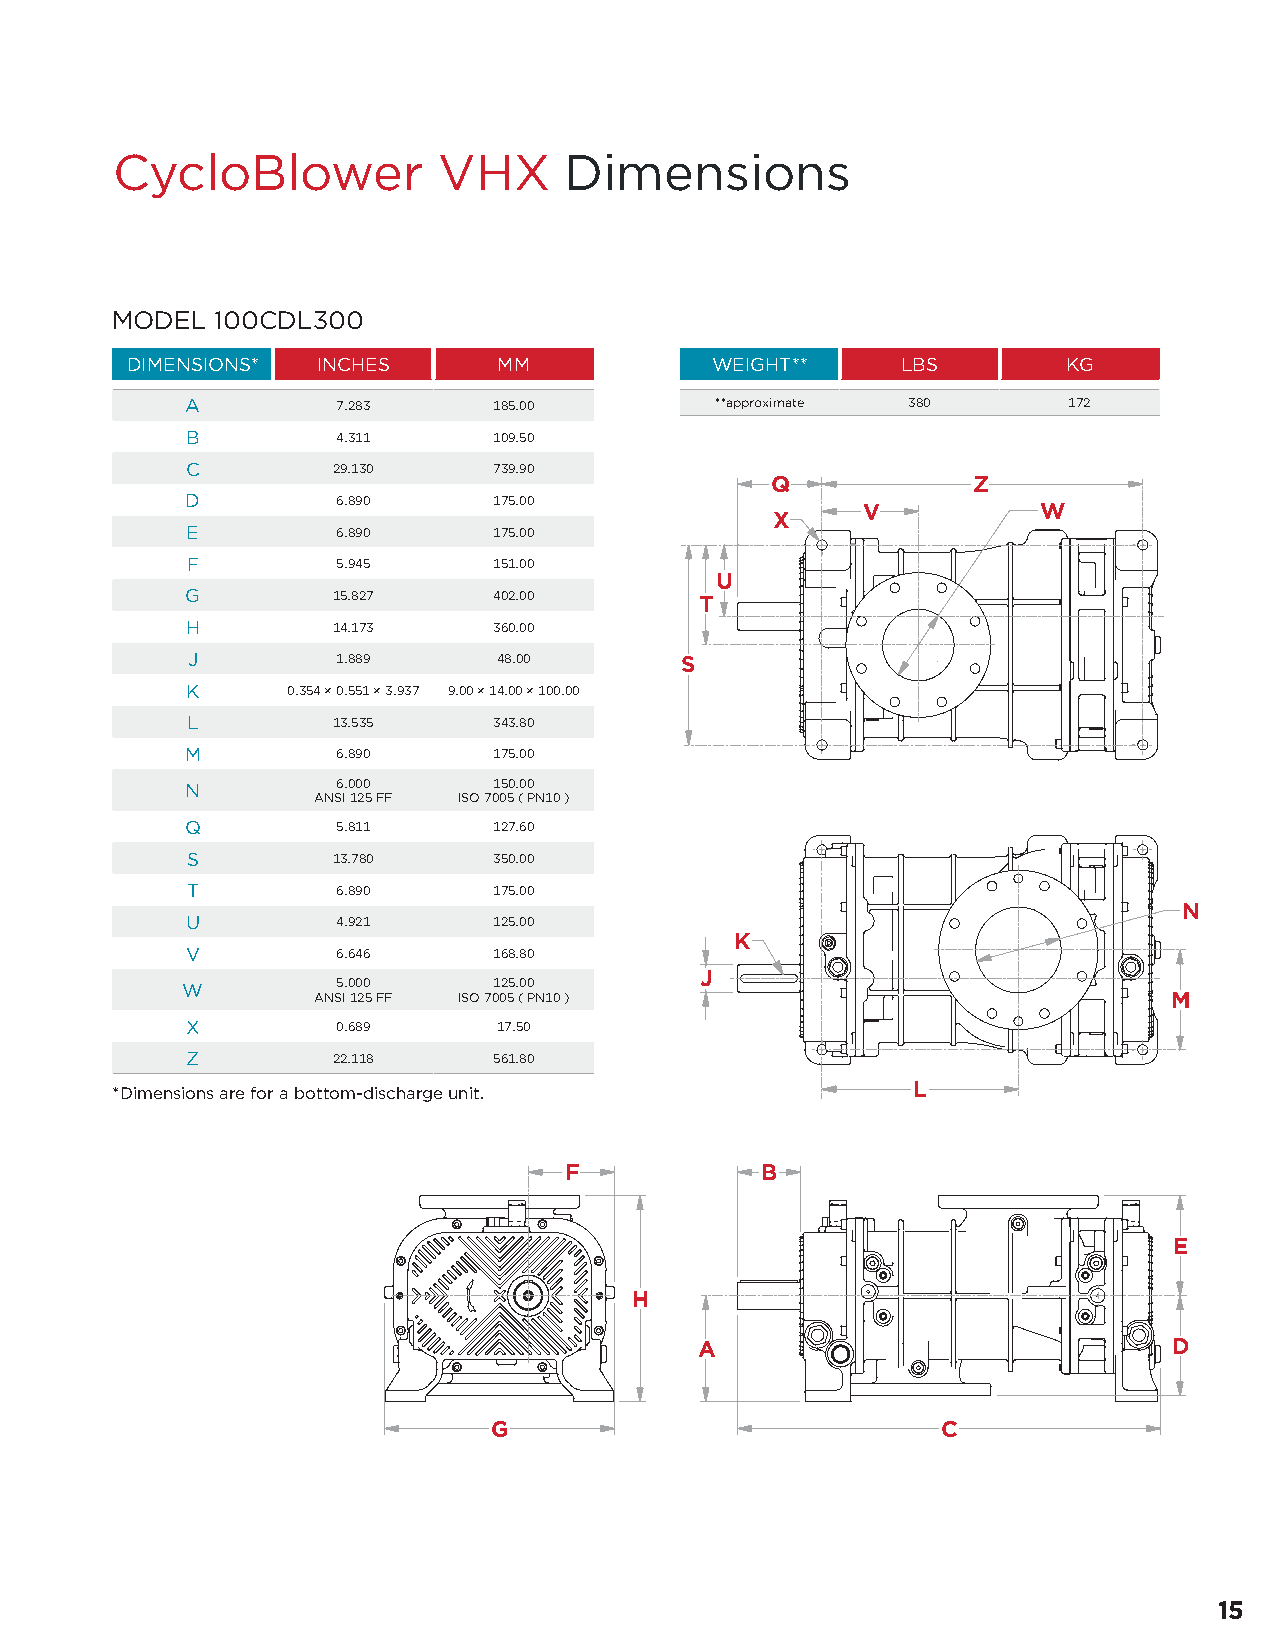
CycloBlower           VHX     Dimensions
 MODEL  100CDL300
 DIMENSIONS*  INCHES      MM            WEIGHT**     LBS        KG
 A         7.283      185.00        **approximate 380       172
 B         4.311      109.50
 C         29.130     739.90
 Q            Z
 D         6.890      175.00
 V           W
 X
 E         6.890      175.00
 F         5.945      151.00
 U
 G         15.827     402.00       T
 H         14.173     360.00
 J         1.889      48.00       S
 K      0.354 × 0.551 × 3.937 9.00 × 14.00 × 100.00
 L         13.535     343.80
 M         6.890      175.00
 N         6.000      150.00
 ANSI 125 FF ISO 7005 ( PN10 )
 Q         5.811      127.60
 S         13.780     350.00
 T         6.890      175.00
 N
 U         4.921      125.00
 K
 V         6.646      168.80
 J
 W         5.000      125.00
 ANSI 125 FF ISO 7005 ( PN10 )                            M
 X         0.689      17.50
 Z         22.118     561.80
 *Dimensions are for a bottom-discharge unit.         L
 F            B
 E
 H
 A                               D
 G                            C
 15